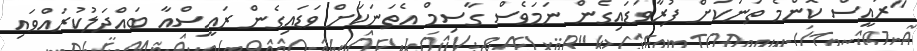
"ރައީސް ކޮންމެ ތަނަކަށް ފުރާވަޑައިގެން ނަމަވެސް ގާސިމް އެތަނަކަށް ވަޑައިގެން ރައީސްއާ ބައްދަލުކުރައްވައި